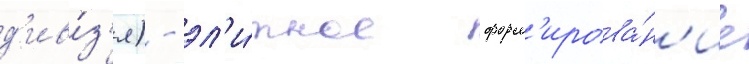
д'ив́з'я) - эл'и́тное форм'ирова́н'ие